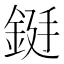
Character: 𮡻